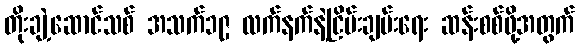
တိုးချဲ့ဆောင်သစ် အသက်၁၉ လက်နက်နဲ့ငြိမ်းချမ်းရေး ဆန်းစစ်ဖို့အတွက်